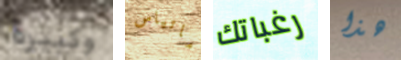
وكبيرة ماتياس رغباتك هذا